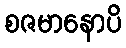
စဇမာနောပိ